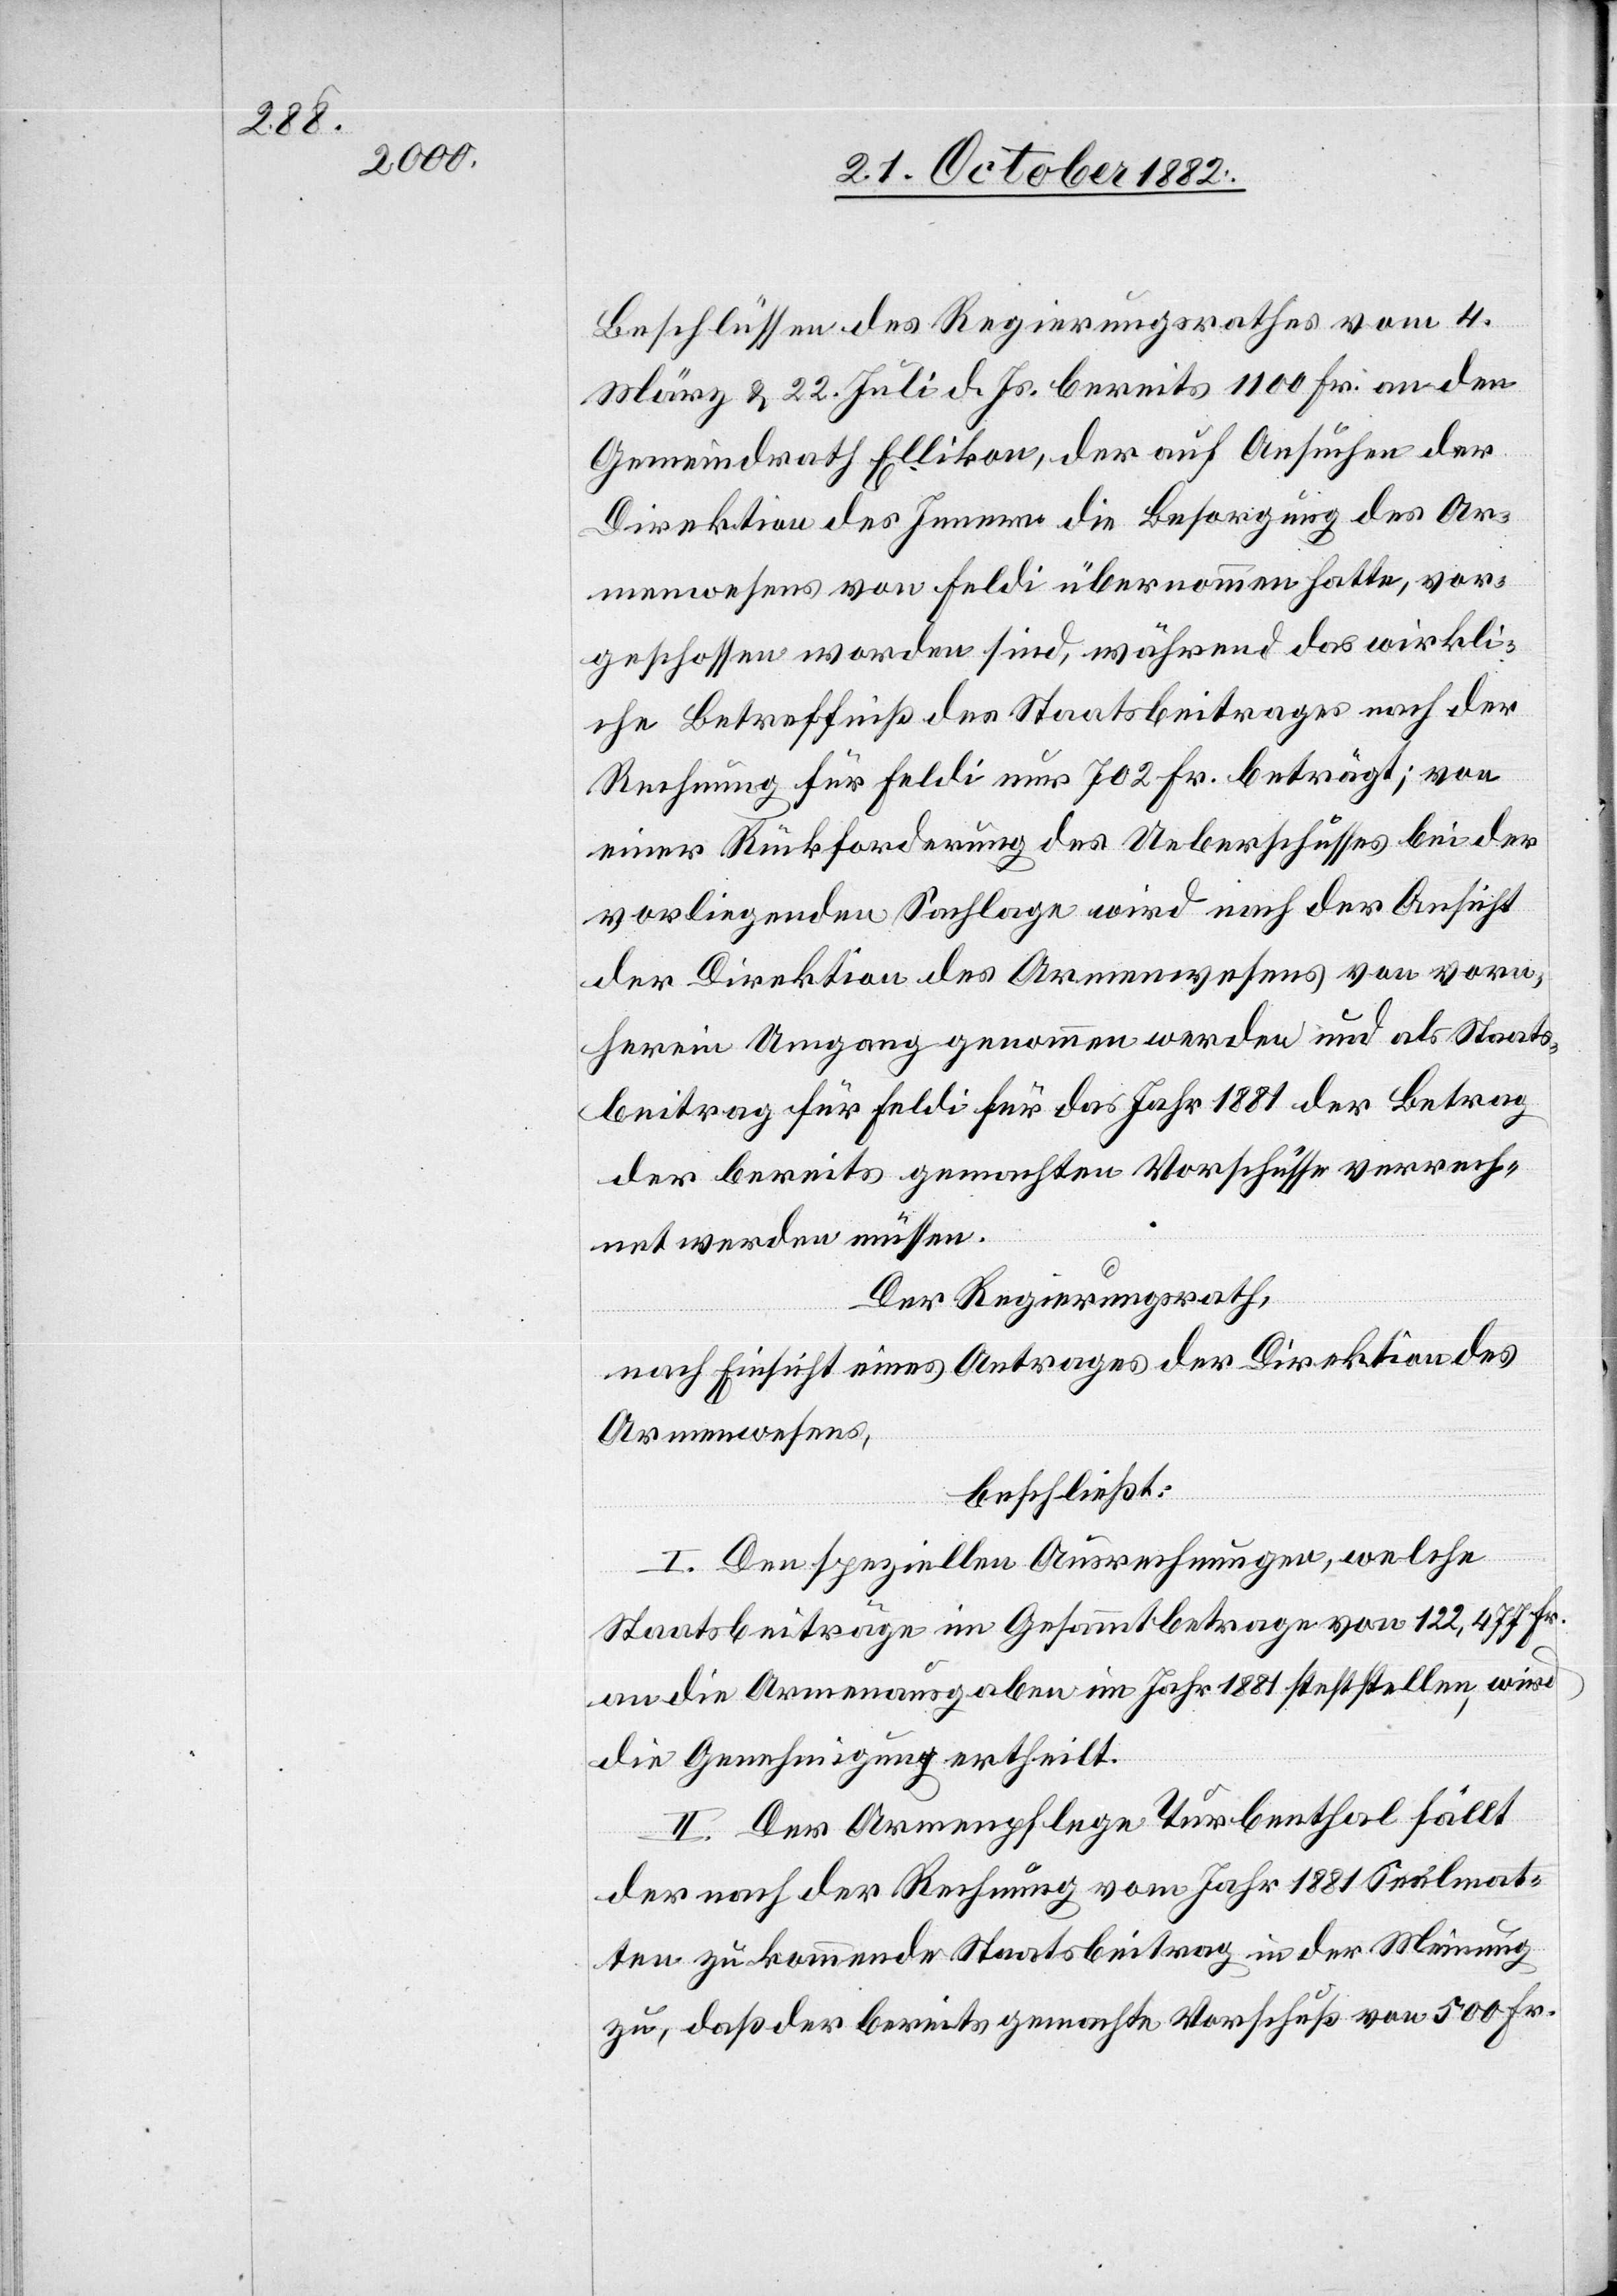
Beschlüssen des Regierungsrathes vom 4.
März & 22. Juli d. Js. bereits 1100 Fr. an den
Gemeindrath Ellikon, der auf Ansuchen der
Direktion des Innern die Besorgung des Ar¬
menwesens von Feldi übernommen hatte, vor¬
geschossen worden sind, während das wirkli¬
che Betreffniß des Staatsbeitrages nach der
Rechnung für Feldi nur 702 Fr. beträgt; von
einer Rückforderung des Ueberschusses bei der
vorliegenden Sachlage wird nach der Ansicht
der Direktion des Armenwesens von vorn¬
herein Umgang genommen werden und als Staats¬
beitrag für Feldi für das Jahr 1881 der Betrag
der bereits gemachten Vorschüsse verrech¬
net werden müssen.
Der Regierungsrath,
nach Einsicht eines Antrages der Direktion des
Armenwesens,
beschließt:
I. Den speziellen Ausrechnungen, welche
Staatsbeiträge im Gesammtbetrage von 122,477 Fr.
an die Armenausgaben im Jahr 1881 feststellen, wird
die Genehmigung ertheilt.
II. Der Armenpflege Turbenthal fällt
der nach der Rechnung vom Jahr 1881 Seelmat¬
ten zukommende Staatsbeitrag in der Meinung
zu, daß der bereits gemachte Vorschuß von 500 Fr.